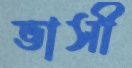
ভাসী